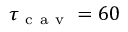
\tau _ { \mathrm { ~ c ~ a ~ v ~ } } = 6 0